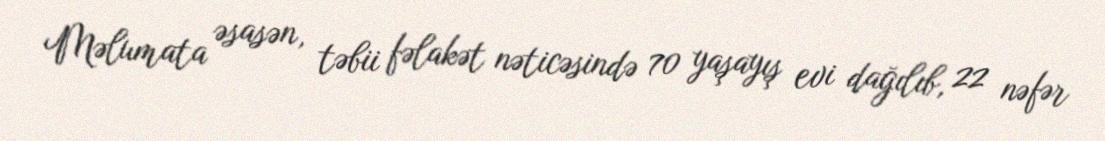
Məlumata əsasən, təbii fəlakət nəticəsində 70 yaşayış evi dağılıb, 22 nəfər